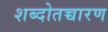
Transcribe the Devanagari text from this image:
शब्दोतच्चारण